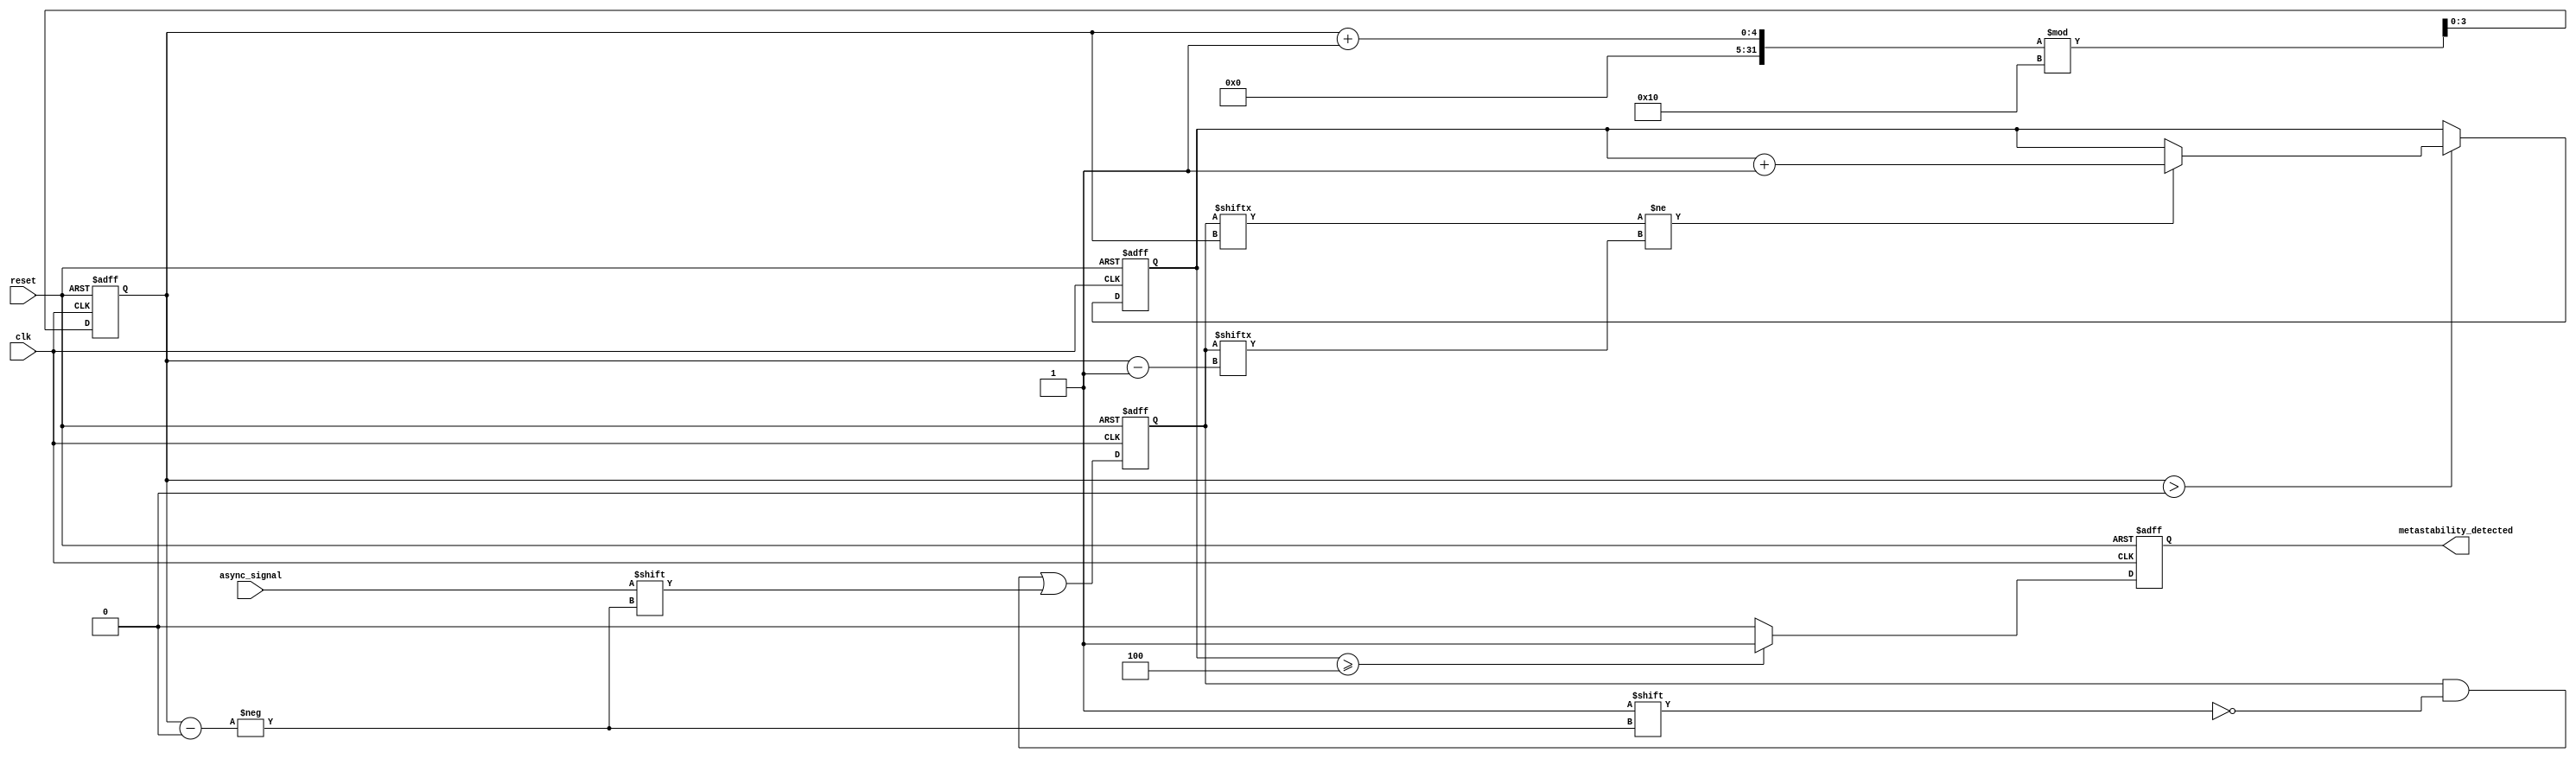
module metastability_detector (
    input wire clk,                // Sampling clock
    input wire async_signal,       // Asynchronous input signal
    input wire reset,              // Reset signal
    output reg metastability_detected // Output signal indicating metastability
);

    // Parameters
    parameter NUM_SAMPLES = 16;   // Number of samples to store
    parameter THRESHOLD = 4;       // Threshold for metastability detection

    // Memory block to store sampled values
    reg [NUM_SAMPLES-1:0] samples; // Memory to hold sampled values
    reg [3:0] sample_index;        // Index for storing samples
    reg [3:0] transition_count;     // Count of transitions between states

    // Sampling mechanism
    always @(posedge clk or posedge reset) begin
        if (reset) begin
            samples <= 0;
            sample_index <= 0;
            transition_count <= 0;
            metastability_detected <= 0;
        end else begin
            // Sample the asynchronous signal
            samples[sample_index] <= async_signal;

            // Check for transitions
            if (sample_index > 0) begin
                if (samples[sample_index] != samples[sample_index - 1]) begin
                    transition_count <= transition_count + 1;
                end
            end

            // Update sample index
            sample_index <= (sample_index + 1) % NUM_SAMPLES;

            // Check for metastability
            if (transition_count >= THRESHOLD) begin
                metastability_detected <= 1;
            end else begin
                metastability_detected <= 0;
            end
        end
    end

    // Random sampling mechanism (simple counter for demonstration)
    // In a real implementation, a PRNG could be used
    reg [3:0] random_index;
    always @(posedge clk) begin
        random_index <= $random % NUM_SAMPLES; // Randomly select an index
    end

    // Additional logic to handle random sampling can be added here

endmodule